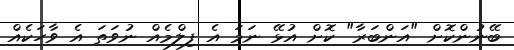
ބޭނުންކޮށް "އަންބަރާ" ކޮށް އުޅޭ ނަމަ އެ ފިލްމެއް ނުވަތަ އެ ވާހަކެއް